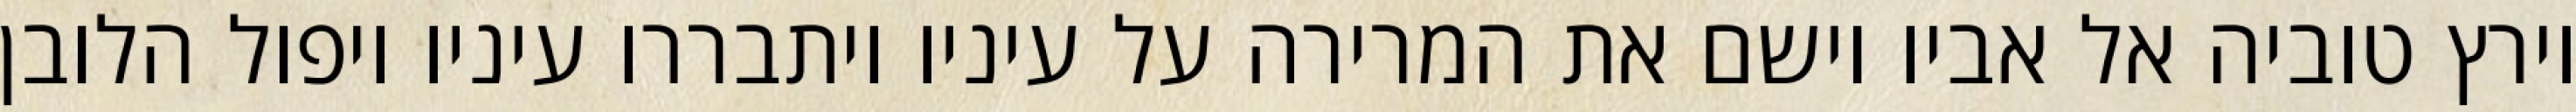
וירץ טוביה אל אביו וישם את המרירה על עיניו ויתבררו עיניו ויפול הלובן